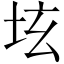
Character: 𡊨